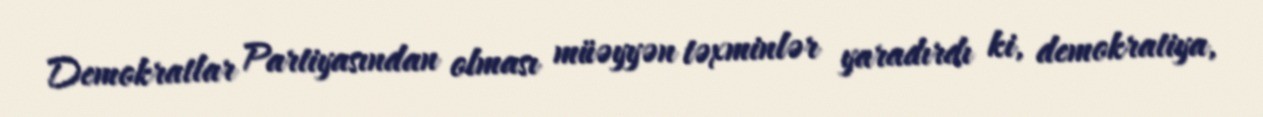
Demokratlar Partiyasından olması müəyyən təxminlər yaradırdı ki, demokratiya,